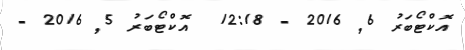
އޮކްޓޯބަރު 6